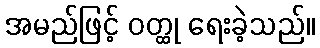
အမည်ဖြင့် ဝတ္ထု ရေးခဲ့သည်။